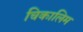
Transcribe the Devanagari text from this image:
चिकालिम